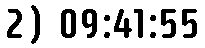
2) 09:41:55